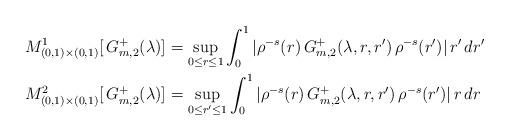
LaTeX: \begin{align*}M^1_{(0,1)\times(0,1)} [\, G_{m,2}^+(\lambda)] & =\sup_{0\leq r\leq 1} \int_0^1 | \rho^{-s}(r) \, G_{m,2}^+(\lambda, r,r')\, \rho^{-s}(r') |\, r' \, dr' \\M^2_{(0,1)\times(0,1)} [\, G_{m,2}^+(\lambda)] & = \sup_{0\leq r'\leq 1} \int_0^1 | \rho^{-s}(r)\, G_{m,2}^+(\lambda, r,r')\, \rho^{-s}(r') |\, r\, dr\end{align*}